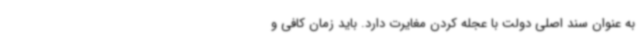
به عنوان سند اصلی دولت با عجله کردن مغایرت دارد. باید زمان کافی و